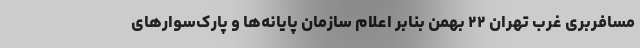
مسافربری غرب تهران ۲۲ بهمن بنابر اعلام سازمان پایانه‌ها و پارک‌سوارهای